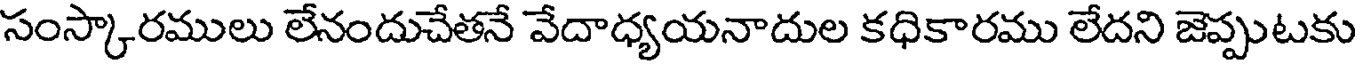
సంస్కారములు లేనందుచేతనే వేదాధ్యయనాదుల కధికారము లేదని జెప్పుటకు